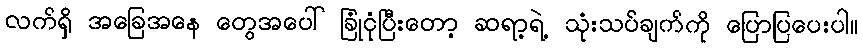
လက်ရှိ အခြေအနေ တွေအပေါ် ခြုံငုံပြီးတော့ ဆရာ့ရဲ့ သုံးသပ်ချက်ကို ပြောပြပေးပါ။